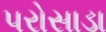
પરોસાડા